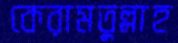
কেরামতুল্লাহ